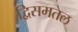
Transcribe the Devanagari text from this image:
द्विसमतल